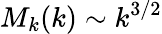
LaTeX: M_{k}(k)\sim k^{3/2}